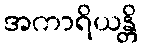
အကာရိယန္တိ